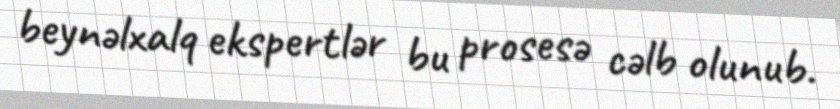
beynəlxalq ekspertlər bu prosesə cəlb olunub.